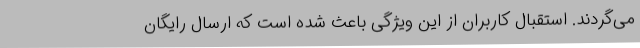
می‌گردند. استقبال کاربران از این ویژگی باعث شده است که ارسال رایگان